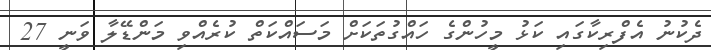
ދެކުނު އެފްރިކާގައި ކަޅު މީހުންގެ ހައްގުތަކަށް މަސައްކަތް ކުރެއްވި މަންޑޭލާ ވަނީ 27